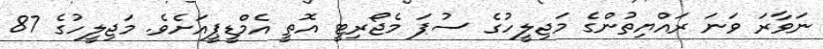
ނަވާރަ ވަނަ ރައްޔިތުންގެ މަޖިލީހުގެ ސުޕަ މެޖޯރިޓީ އޮތީ އެމްޑީޕީއަށެވެ. މަޖިލީހުގެ 87